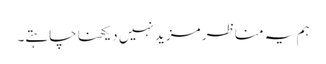
ہم یہ مناظر مزید نہیں دیکھنا چاہتے۔